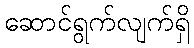
ဆောင်ရွက်လျက်ရှိ